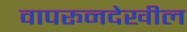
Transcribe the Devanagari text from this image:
वापरूनदेखील